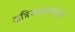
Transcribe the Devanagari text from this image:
क्षत्रियत्वापासून